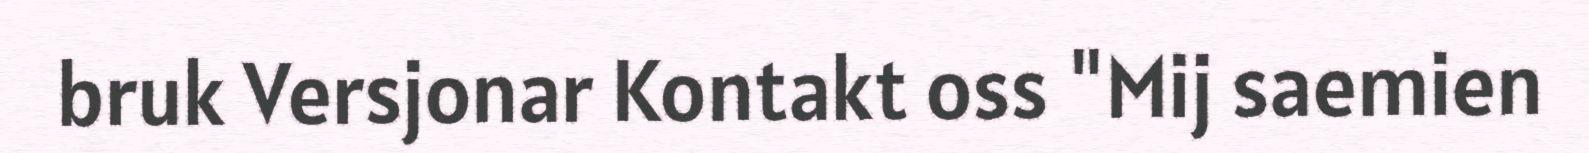
bruk Versjonar Kontakt oss "Mij saemien